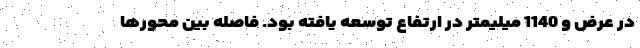
در عرض و 1140 میلیمتر در ارتفاع توسعه یافته بود. فاصله بین محورها